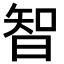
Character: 智